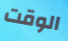
الوقت